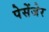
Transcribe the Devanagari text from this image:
पेसेंजेर